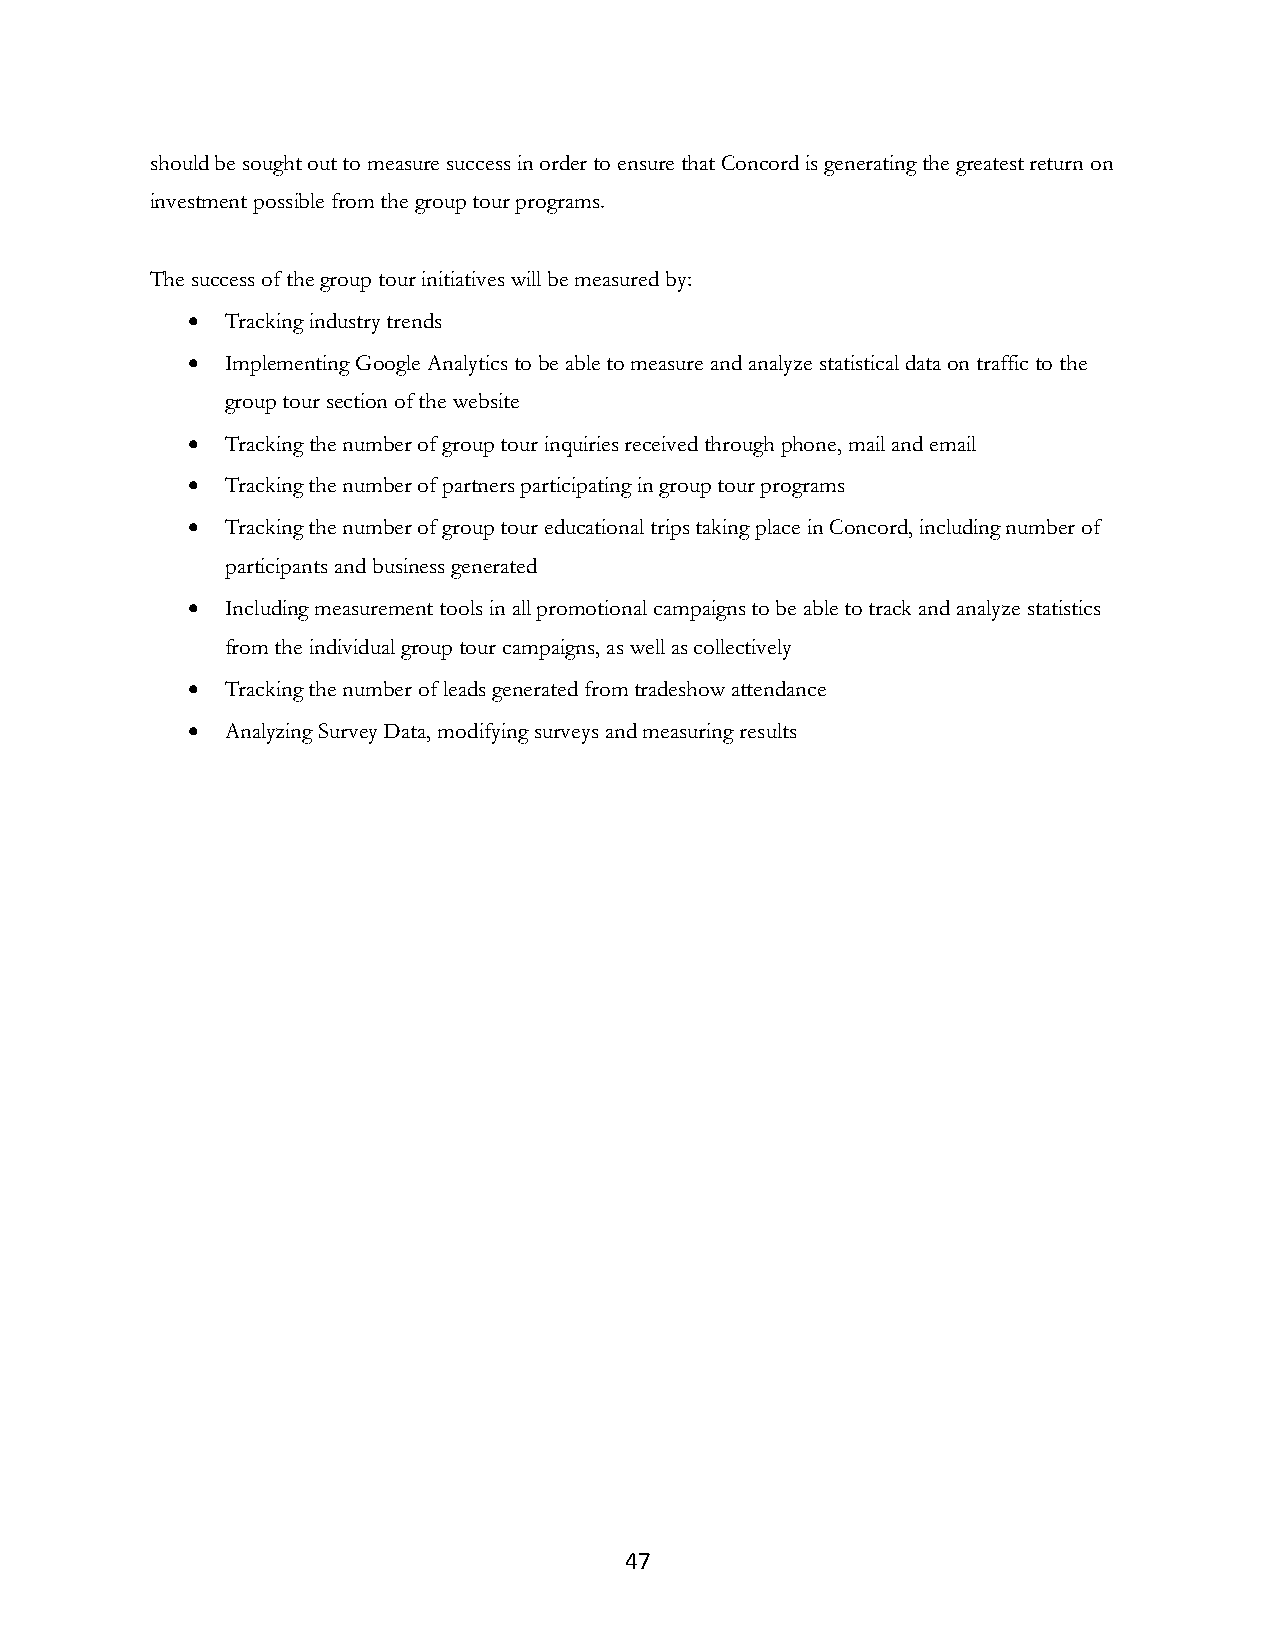
should be sought out to measure success in order to ensure that Concord is generating the greatest return on
 investment possible from the group tour programs.
 The success of the group tour initiatives will be measured by:
 •  Tracking industry trends
 •  Implementing Google Analytics to be able to measure and analyze statistical data on traffic to the
 group tour section of the website
 •  Tracking the number of group tour inquiries received through phone, mail and email
 •  Tracking the number of partners participating in group tour programs
 •  Tracking the number of group tour educational trips taking place in Concord, including number of
 participants and business generated
 •  Including measurement tools in all promotional campaigns to be able to track and analyze statistics
 from the individual group tour campaigns, as well as collectively
 •  Tracking the number of leads generated from tradeshow attendance
 •  Analyzing Survey Data, modifying surveys and measuring results
 47